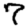
Digit: 7